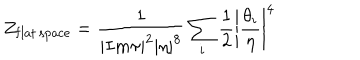
Z _ { \mathrm { f l a t \, s p a c e } } = { \frac { 1 } { | I m \tau | ^ { 2 } | \eta | ^ { 8 } } } \sum _ { i } { \frac { 1 } { 2 } } \left| { \frac { \theta _ { i } } { \eta } } \right| ^ { 4 }